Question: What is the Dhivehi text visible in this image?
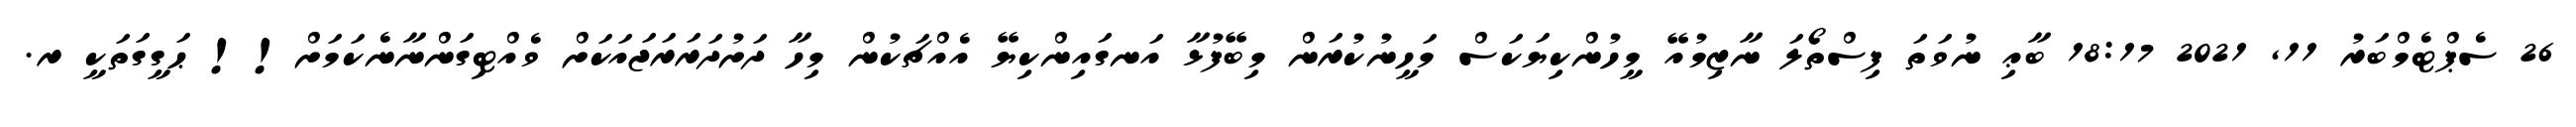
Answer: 26 ސެޕްޓެމްބަރު 11, 2021 18:17 ބާޢި ނުވަތަ ފިސްތޯލަ ނާޒިމުއޭ މީހުންކިޔަކަސް މަހީނުކުރަން މިބޭފުޅާ އަނގައިންކިޔޭ އެއްޗަކުން މިހާ ދަށުދަރަރަޖައަކަށް ވެއްޓިގަންނާނެކަމަށް!! ޙަގީގަތަކީ ރ.